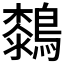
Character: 𪄭